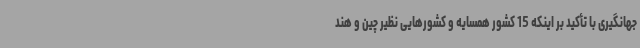
جهانگیری با تأکید بر اینکه 15 کشور همسایه و کشورهایی نظیر چین و هند